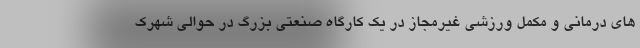
های درمانی و مکمل ورزشی غیرمجاز در یک کارگاه صنعتی بزرگ در حوالی شهرک